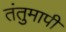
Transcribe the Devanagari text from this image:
तंतुमापी